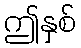
ဤနှစ်